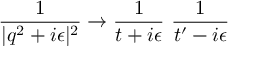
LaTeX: \frac { 1 } { | q ^ { 2 } + i \epsilon | ^ { 2 } } \to \frac { 1 } { t + i \epsilon } ~ \frac { 1 } { t ^ { \prime } - i \epsilon }